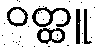
ဝတ္ထူ